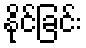
နိုင်ခြင်း